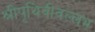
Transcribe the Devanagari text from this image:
श्रीपृथिवीवल्लभ